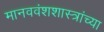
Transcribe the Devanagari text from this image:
मानववंशशास्त्रांच्या